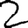
Digit: 2